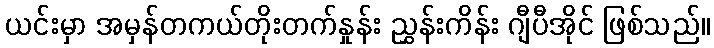
ယင်းမှာ အမှန်တကယ်တိုးတက်နှုန်း ညွှန်းကိန်း ဂျီပီအိုင် ဖြစ်သည်။